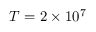
T = 2 \times 1 0 ^ { 7 }